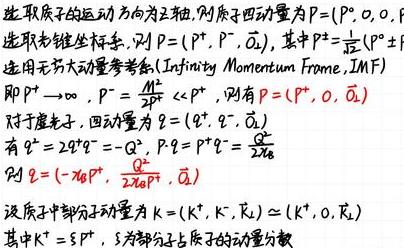
选取质子的运动方向为正轴, 则质子四动量为$P=(P^+, 0, 0, 0)$, 选取光锥坐标系, 则$P=(P^+, P^-, \vec{Q}_{\perp})$, 其中$P^-=\frac{1}{2P^+}(P^+ + P^-)$.
选用无穷大动量参考系(Infinity - Momentum Frame, IMF), 即$P^+\to\infty$, $P^-=\frac{M^2}{2P^+}\ll P^+$, 则有$P=(P^+, 0, \vec{Q}_{\perp})$.
对于虚光子, 四动量为$q=(q^+, q^-, \vec{Q}_{\perp})$, 有$q^2 = 2q^+q^- = -Q^2$, $P\cdot q = P^+q^- = \frac{Q^2}{2x_B}$, 则$q=(-x_BP^+, \frac{Q^2}{2x_BP^+}, \vec{Q}_{\perp})$.
设质子中部分子动量为$k=(k^+, k^-, \vec{k}_{\perp})\simeq(k^+, 0, \vec{k}_{\perp})$, 其中$k^+=\xi P^+$, $\xi$为部分子占质子的动量分数.